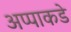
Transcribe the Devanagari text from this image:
अप्पाकडे